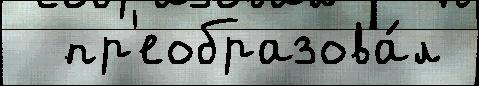
  пр'еобразова́л